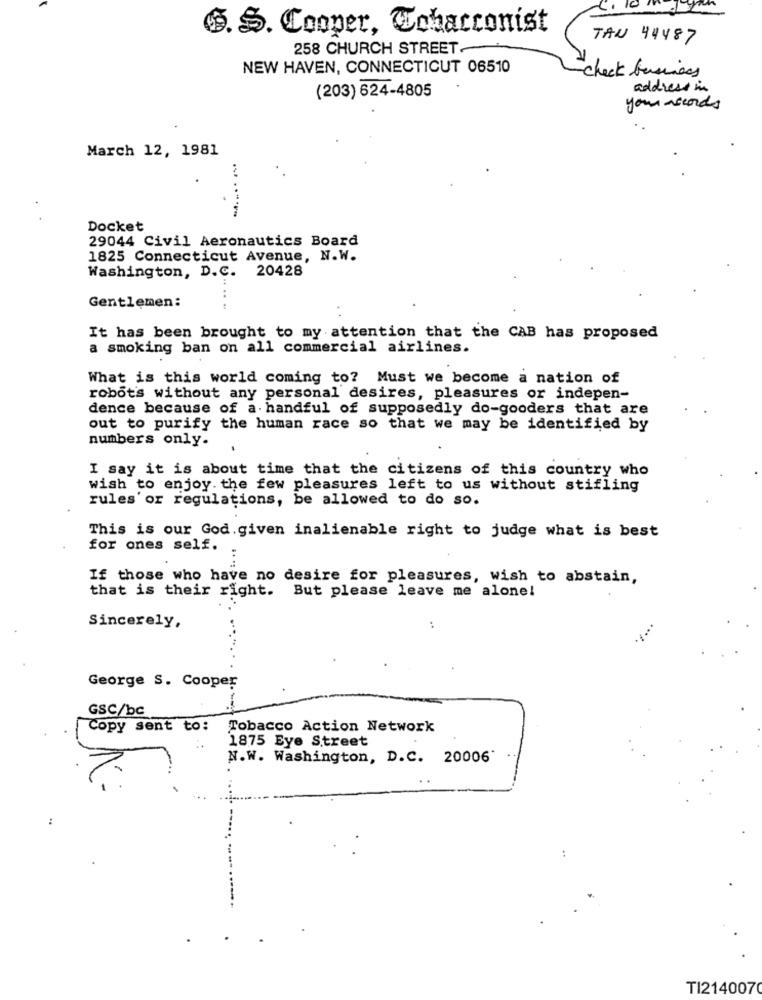
4. 10
$. S. Cooper, Cohacconist
TAU 44487
258 CHURCH STREET-
NEW HAVEN, CONNECTICUT 06510
check business
address in
(203) 624-4805
your records
March 12, 1981
Docket
29044 Civil Aeronautics Board
1825 Connecticut Avenue, N.W.
Washington, D.C. 20428
Gentlemen:
It has been brought to my attention that the CAB has proposed
a smoking ban on all commercial airlines.
What is this world coming to? Must we become a nation of
robots without any personal desires, pleasures or indepen-
dence because of a handful of supposedly do-gooders that are
out to purify the human race so that we may be identified by
numbers only.
I say it is about time that the citizens of this country who
wish to enjoy. the few pleasures left to us without stifling
rules' or regulations, be allowed to do so.
This is our God.given inalienable right to judge what is best
for ones self.
...
If those who have no desire for pleasures, wish to abstain,
that is their right. But please leave me alone!
Sincerely,
George S. Cooper
GSC/bc
Copy sent to: Tobacco Action Network
1875 Eye Street
N.W. Washington, D.C. 20006'
TI2140070